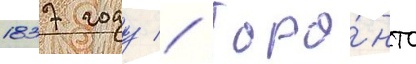
1837 году // Торо́нто